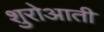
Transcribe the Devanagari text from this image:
शुरोआती